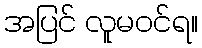
အပြင် လူမဝင်ရ။